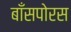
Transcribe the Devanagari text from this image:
बाँसपोरस